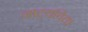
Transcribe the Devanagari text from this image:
नाट्यविद्या